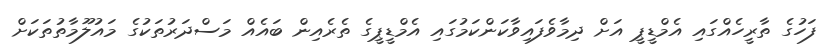
ފަހުގެ ތާރީހެއްގައި އެމްޑީޕީ އަށް ދިމާވެފައިވާކަންކަމުގައި އެމްޑީޕީގެ ތެރެއިން ބައެއް މަސްދަރުތަކުގެ މައުލޫމާތުތަކަށް